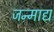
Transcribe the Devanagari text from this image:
जन्माद्य